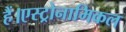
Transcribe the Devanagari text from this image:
हैं।एस्ट्रोनामिकल